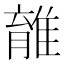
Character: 𨿾